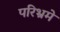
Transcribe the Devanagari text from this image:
परिभ्रमे